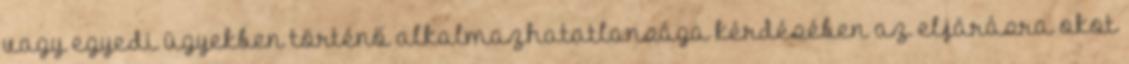
vagy egyedi ügyekben történő alkalmazhatatlansága kérdésében az eljárásra okot